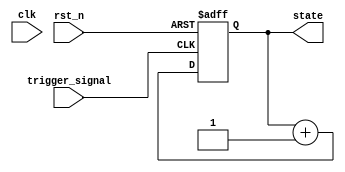
module negative_edge_trigger (
    input wire clk,          // Clock signal
    input wire rst_n,       // Active-low reset signal
    input wire trigger_signal, // Signal to trigger on negative edge
    output reg [3:0] state  // Example state variable
);

// Initial state
initial begin
    state = 4'b0000; // Initialize state to 0
end

// Always block sensitive to the negative edge of trigger_signal
always @(negedge trigger_signal or negedge rst_n) begin
    if (!rst_n) begin
        // Reset logic
        state <= 4'b0000; // Reset state to 0
    end else begin
        // Logic to execute on negative edge of trigger_signal
        // Example: Increment state on negative edge
        state <= state + 1; // Update state (example operation)
    end
end

endmodule